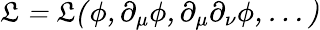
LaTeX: \cal\mathfrak{L}=\cal\mathfrak{L}(\phi,\partial_{\mu}\phi,\partial_{\mu}\partial_{\nu}\phi,...)